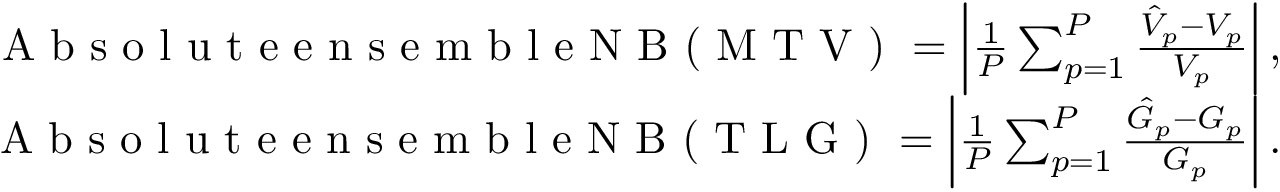
\begin{array} { r } { \textrm { A b s o l u t e e n s e m b l e N B ( M T V ) } = \left| \frac { 1 } { P } \sum _ { p = 1 } ^ { P } \frac { \hat { V } _ { p } - V _ { p } } { V _ { p } } \right| , } \\ { \textrm { A b s o l u t e e n s e m b l e N B ( T L G ) } = \left| \frac { 1 } { P } \sum _ { p = 1 } ^ { P } \frac { \hat { G } _ { p } - G _ { p } } { G _ { p } } \right| . } \end{array}